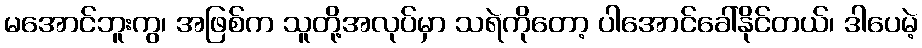
မအောင်ဘူးကွ၊ အဖြစ်က သူတို့အလုပ်မှာ သရဲကိုတော့ ပါအောင်ခေါ်နိုင်တယ်၊ ဒါပေမဲ့